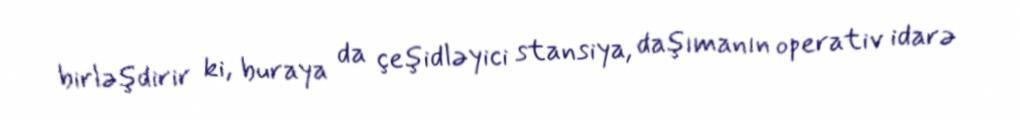
birləşdirir ki, buraya da çeşidləyici stansiya, daşımanın operativ idarə